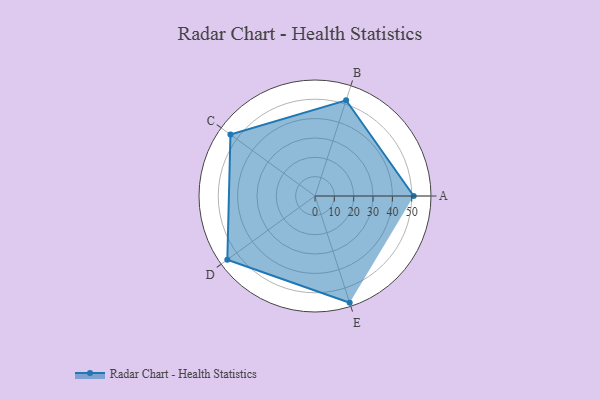
{"axis": {"x": "Skill", "y": "Score"}, "legend": ["Profile"], "data": [{"x": "A", "y": 51.0, "type": "Profile"}, {"x": "B", "y": 52.0, "type": "Profile"}, {"x": "C", "y": 54.0, "type": "Profile"}, {"x": "D", "y": 56.0, "type": "Profile"}, {"x": "E", "y": 58.0, "type": "Profile"}]}